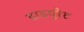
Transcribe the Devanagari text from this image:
डाइयूरेट